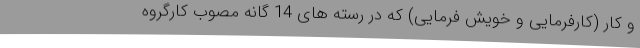
و کار (کارفرمایی و خویش فرمایی) که در رسته های 14 گانه مصوب کارگروه